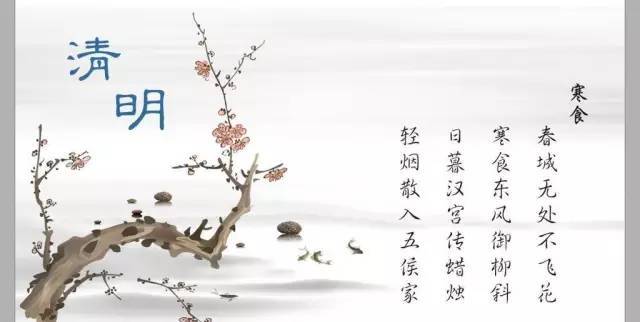
近寒食人家，相思未忘苹藻香。